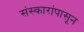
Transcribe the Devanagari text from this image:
संस्कारांपासून